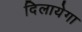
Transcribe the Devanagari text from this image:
दिलायेगा